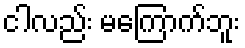
ငါလည်း မကြောက်ဘူး